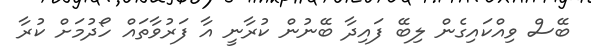
ބޭސް ވިއްކައިގެން ލިބޭ ފައިދާ ބޭނުން ކުރާނީ އާ ފަރުވާތައް ހޯދުމަށް ކުރާ